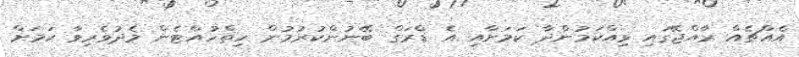
އެއްޗެއް ރާއްޖޭގައި ވިއްކަމުންދާ ކަމަށާއި އެ ޑްރަގް ބޭނުންކުރުމުން ހިތްހުއްޓެން މެދުވެރިވާ ކަމަށް